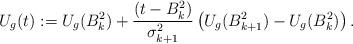
LaTeX: \begin{align*} U_g(t):=U_g(B_k^2)+\frac{(t-B^2_k)}{\sigma^2_{k+1}}\left(U_g(B_{k+1}^2)-U_g(B_k^2)\right).\end{align*}